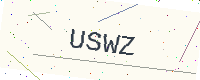
Text: USWZ